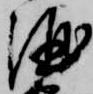
酒